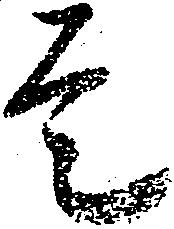
是